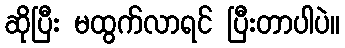
ဆိုပြီး မထွက်လာရင် ပြီးတာပါပဲ။